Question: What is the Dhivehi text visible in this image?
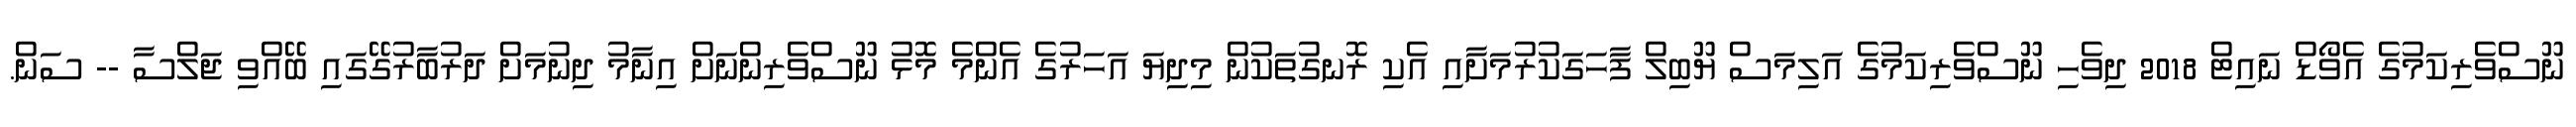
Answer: ނޫސްވެރިކަމުގެ އެވޯޑް ނައިޓް 2018 ދިވެހި ނޫސްވެރިކަމުގެ އަލިމަސް ޔޫބިލް ފާހަގަކުރުމަށާއި އެކި ރޮނގުތަކުން މިދިޔަ އަހަރުގެ އެންމެ މޮޅު ނޫސްވެރިންނަށް އިނާމު ދިނުމަށް ދަރުބާރުގޭގައި ބޭއްވި ޖަލްސާ -- ސަން.